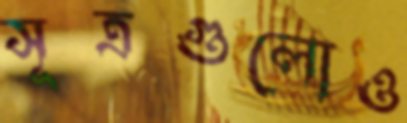
সূত্রগুলোও